Civil Veterinary Dept. Assam report 1927-50 - 1927-1950
Year: 1927
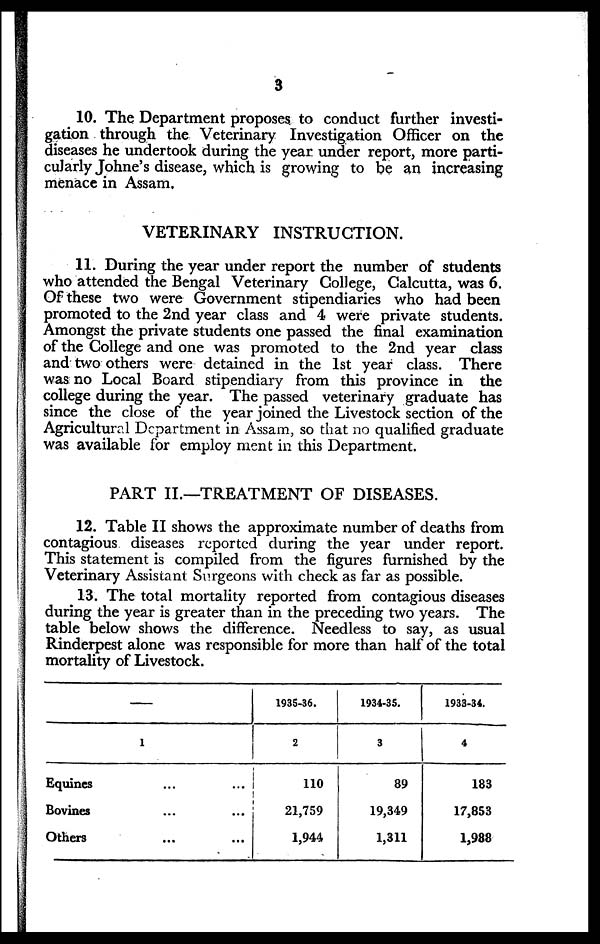
3
10. The Department proposes to conduct further investi-
gation through the Veterinary Investigation Officer on the
diseases he undertook during the year under report, more parti-
cularly Johne's disease, which is growing to be an increasing
menace in Assam.
VETERINARY INSTRUCTION.
11. During the year under report the number of students
who attended the Bengal Veterinary College, Calcutta, was 6.
Of these two were Government stipendiaries who had been
promoted to the 2nd year class and 4 were private students.
Amongst the private students one passed the final examination
of the College and one was promoted to the 2nd year class
and two others were detained in the 1st year class. There
was no Local Board stipendiary from this province in the
college during the year. The passed veterinary graduate has
since the close of the year joined the Livestock section of the
Agricultural Department in Assam, so that no qualified graduate
was available for employ ment in this Department.
PART II.—TREATMENT OF DISEASES.
12. Table II shows the approximate number of deaths from
contagious diseases reported during the year under report.
This statement is compiled from the figures furnished by the
Veterinary Assistant Surgeons with check as far as possible.
13. The total mortality reported from contagious diseases
during the year is greater than in the preceding two years. The
table below shows the difference. Needless to say, as usual
Rinderpest alone was responsible for more than half of the total
mortality of Livestock.
—
1
Equines ... ...
Bovines ... ...
Others ... ...
1935-36.
2
110
21,759
1,944
1934-35.
3
89
19,349
1,311
1933-34.
4
183
17,853
1,988